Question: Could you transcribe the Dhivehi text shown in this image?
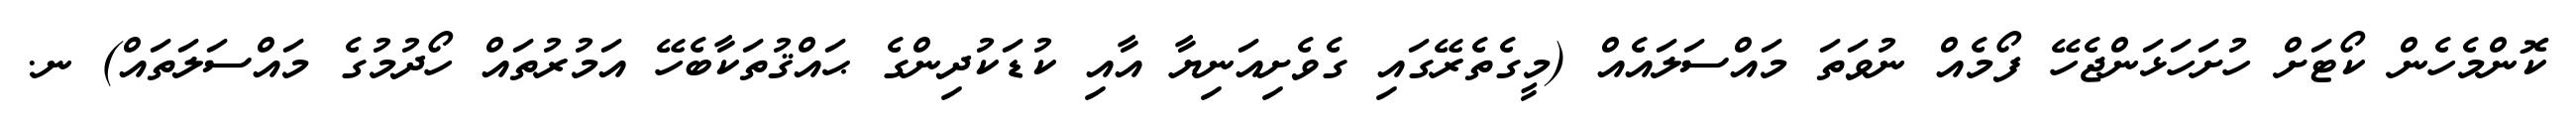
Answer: ކޮންމެހެން ކޯޓަށް ހުށަހަޅަންޖެހޭ ފޯމެއް ނުވަތަ މައްސަލައެއް (މީގެތެރޭގައި ގެވެށިއަނިޔާ އާއި ކުޑަކުދިންގެ ޙައްޤުތަކާބެހޭ އަމުރުތައް ހޯދުމުގެ މައްސަލަތައް) ނ.